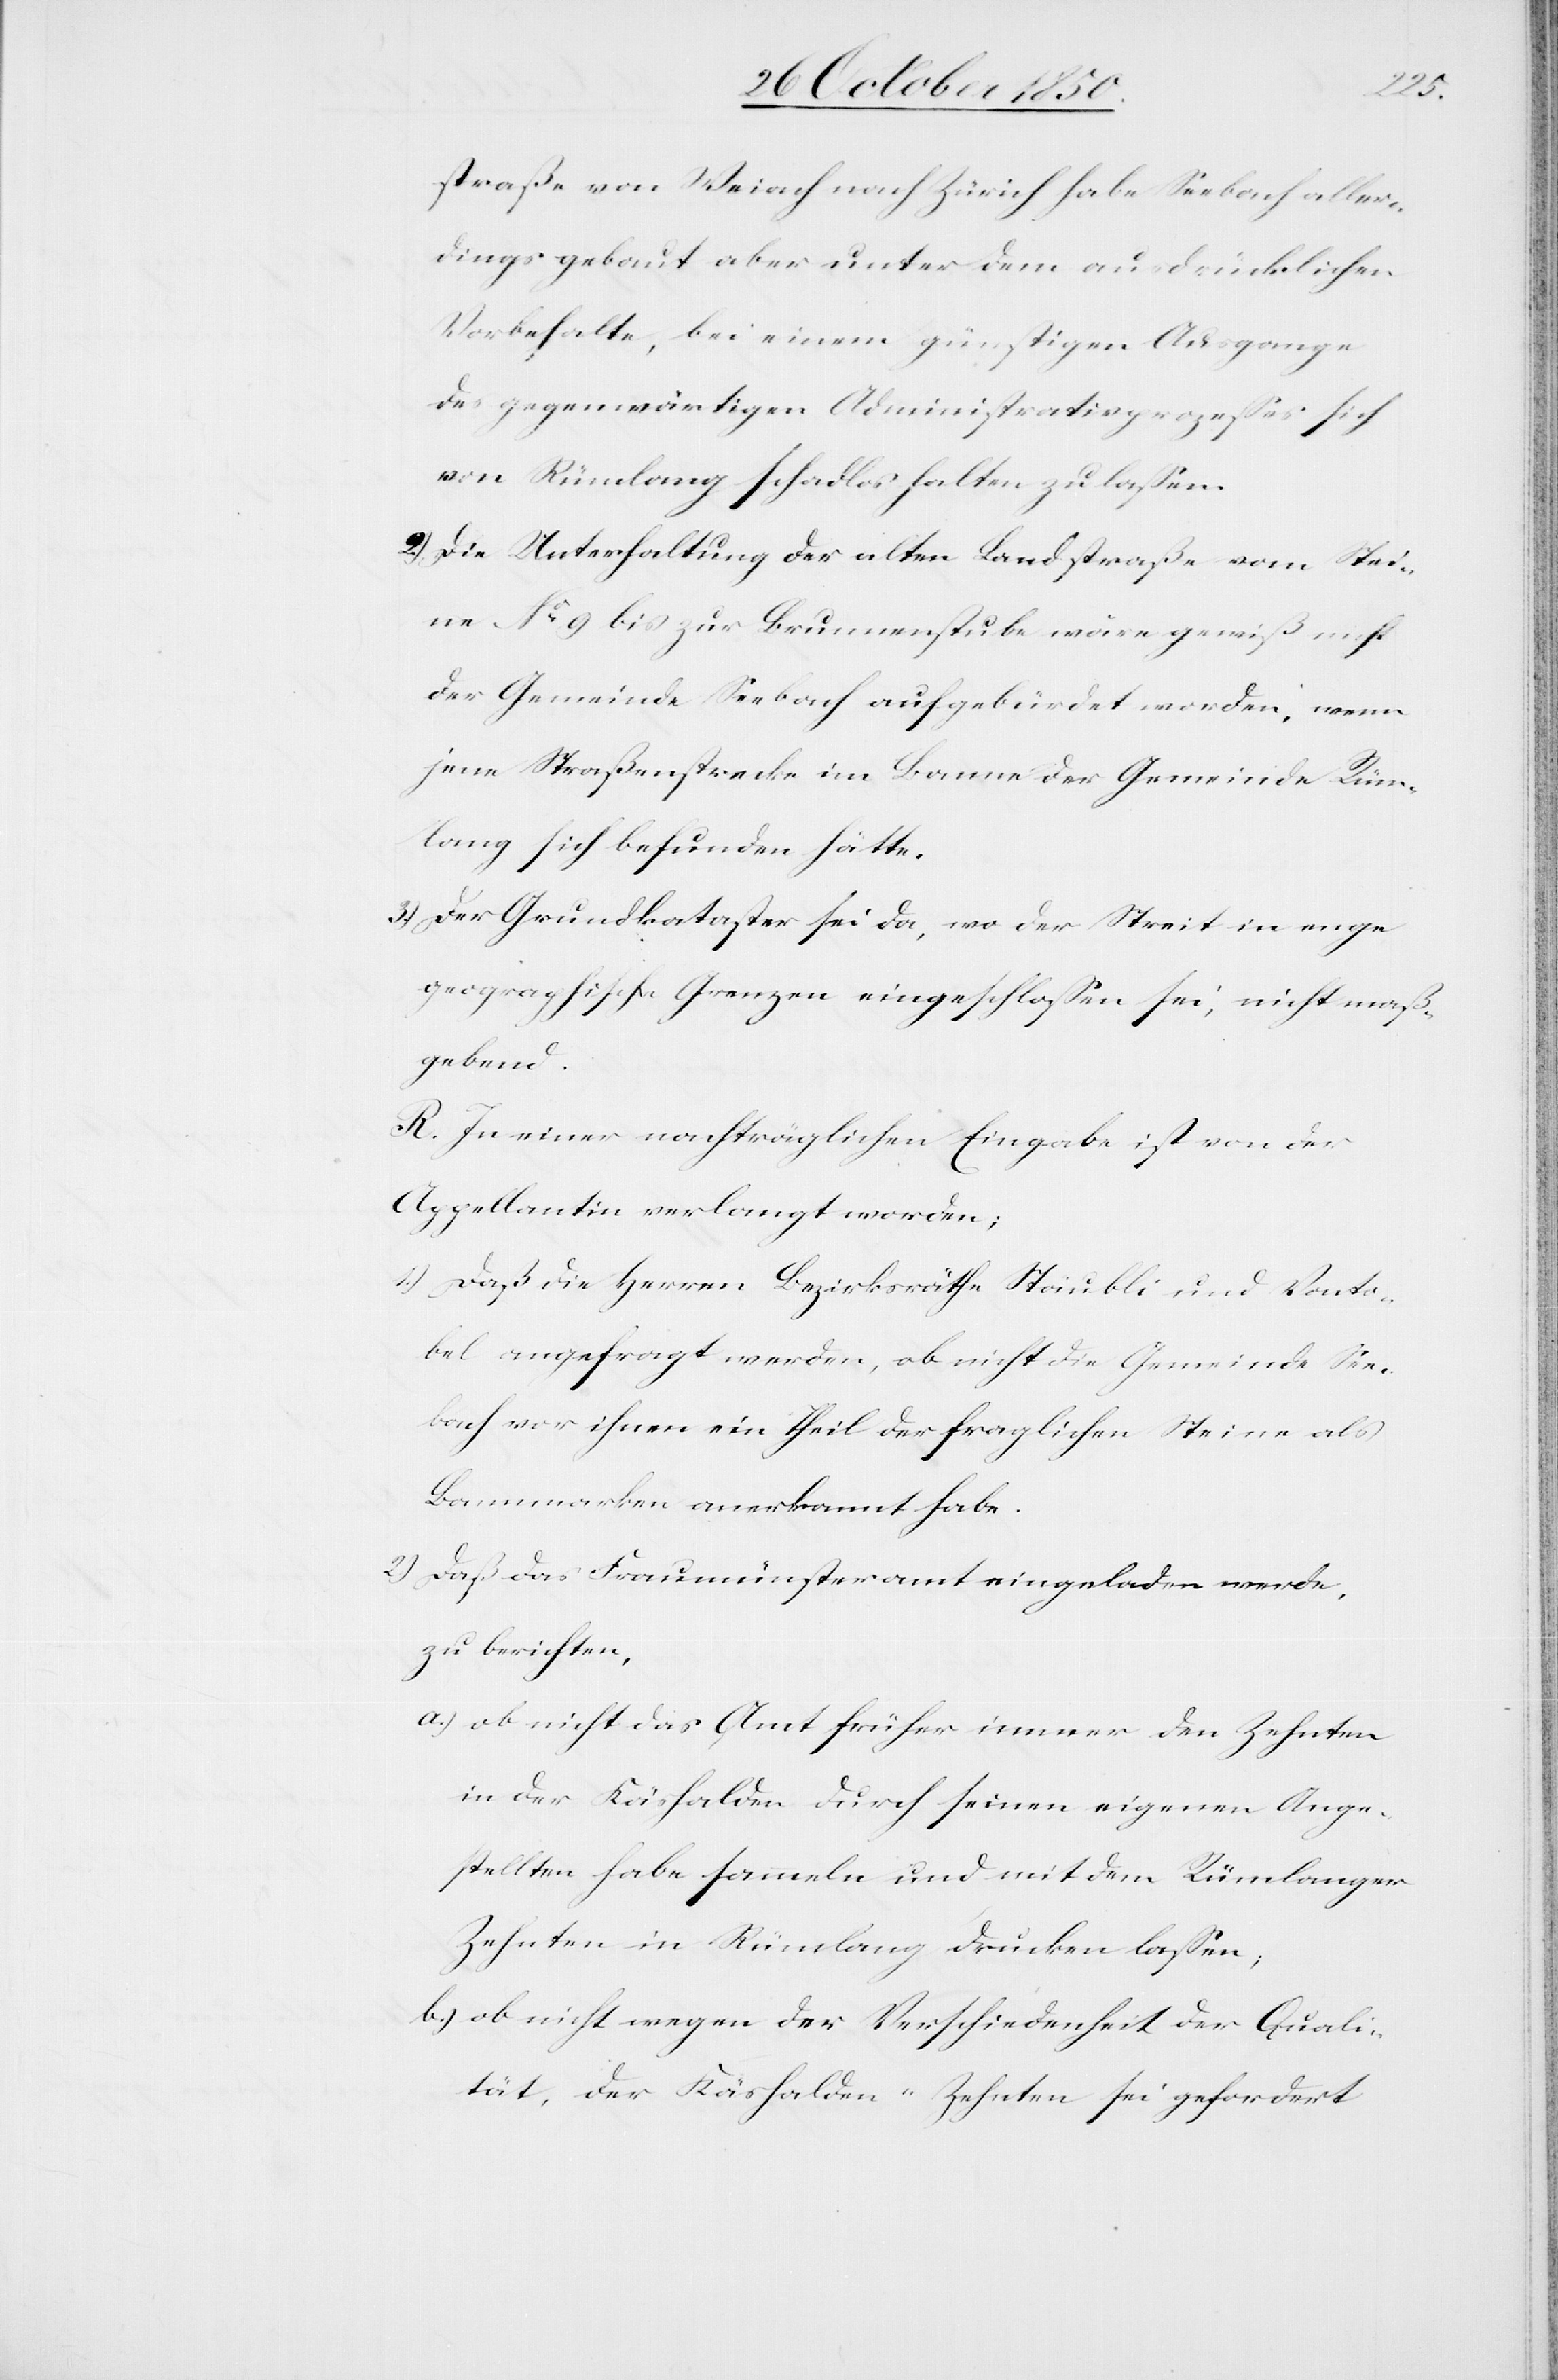
straße von Weiach nach Zürich habe Seebach aller¬
dings gebaut aber unter dem ausdrücklichen
Vorbehalte, bei einem günstigen Ausgange
des gegenwärtigen Administrativprozesses sich
von Rümlang schadlos halten zu lassen.
2) Die Unterhaltung der alten Landstraße vom Stei¬
ne No 9 bis zur Brunnenstube wäre gewiß nicht
der Gemeinde Seebach aufgebürdet worden, wenn
jene Straßenstrecke im Banne der Gemeinde Rüm¬
lang sich befunden hätte.
3) Der Grundkataster sei da, wo der Streit in enge
geographische Grenzen eingeschlossen sei, nicht maß¬
gebend.
R. In einer nachträglichen Eingabe ist von der
Appellantin verlangt worden;
1.) Daß die Herren Bezirksräthe Stäubli und Vonto¬
bel angefragt werden, ob nicht die Gemeinde See¬
bach vor ihnen ein Theil der fraglichen Steine als
Bannmarken anerkannt habe.
2.) Daß das Fraumünsteramt eingeladen werde,
zu berichten,
a.) ob nicht das Amt früher immer den Zehnten
in der Käshalden durch seinen eigenen Ange¬
stellten habe sammeln und mit dem Rümlanger
Zehnten in Rümlang drucken lassen;
b.) ob nicht wegen der Verschiedenheit der Quali¬
tät, der Käshalden-Zehnten sei gefordert